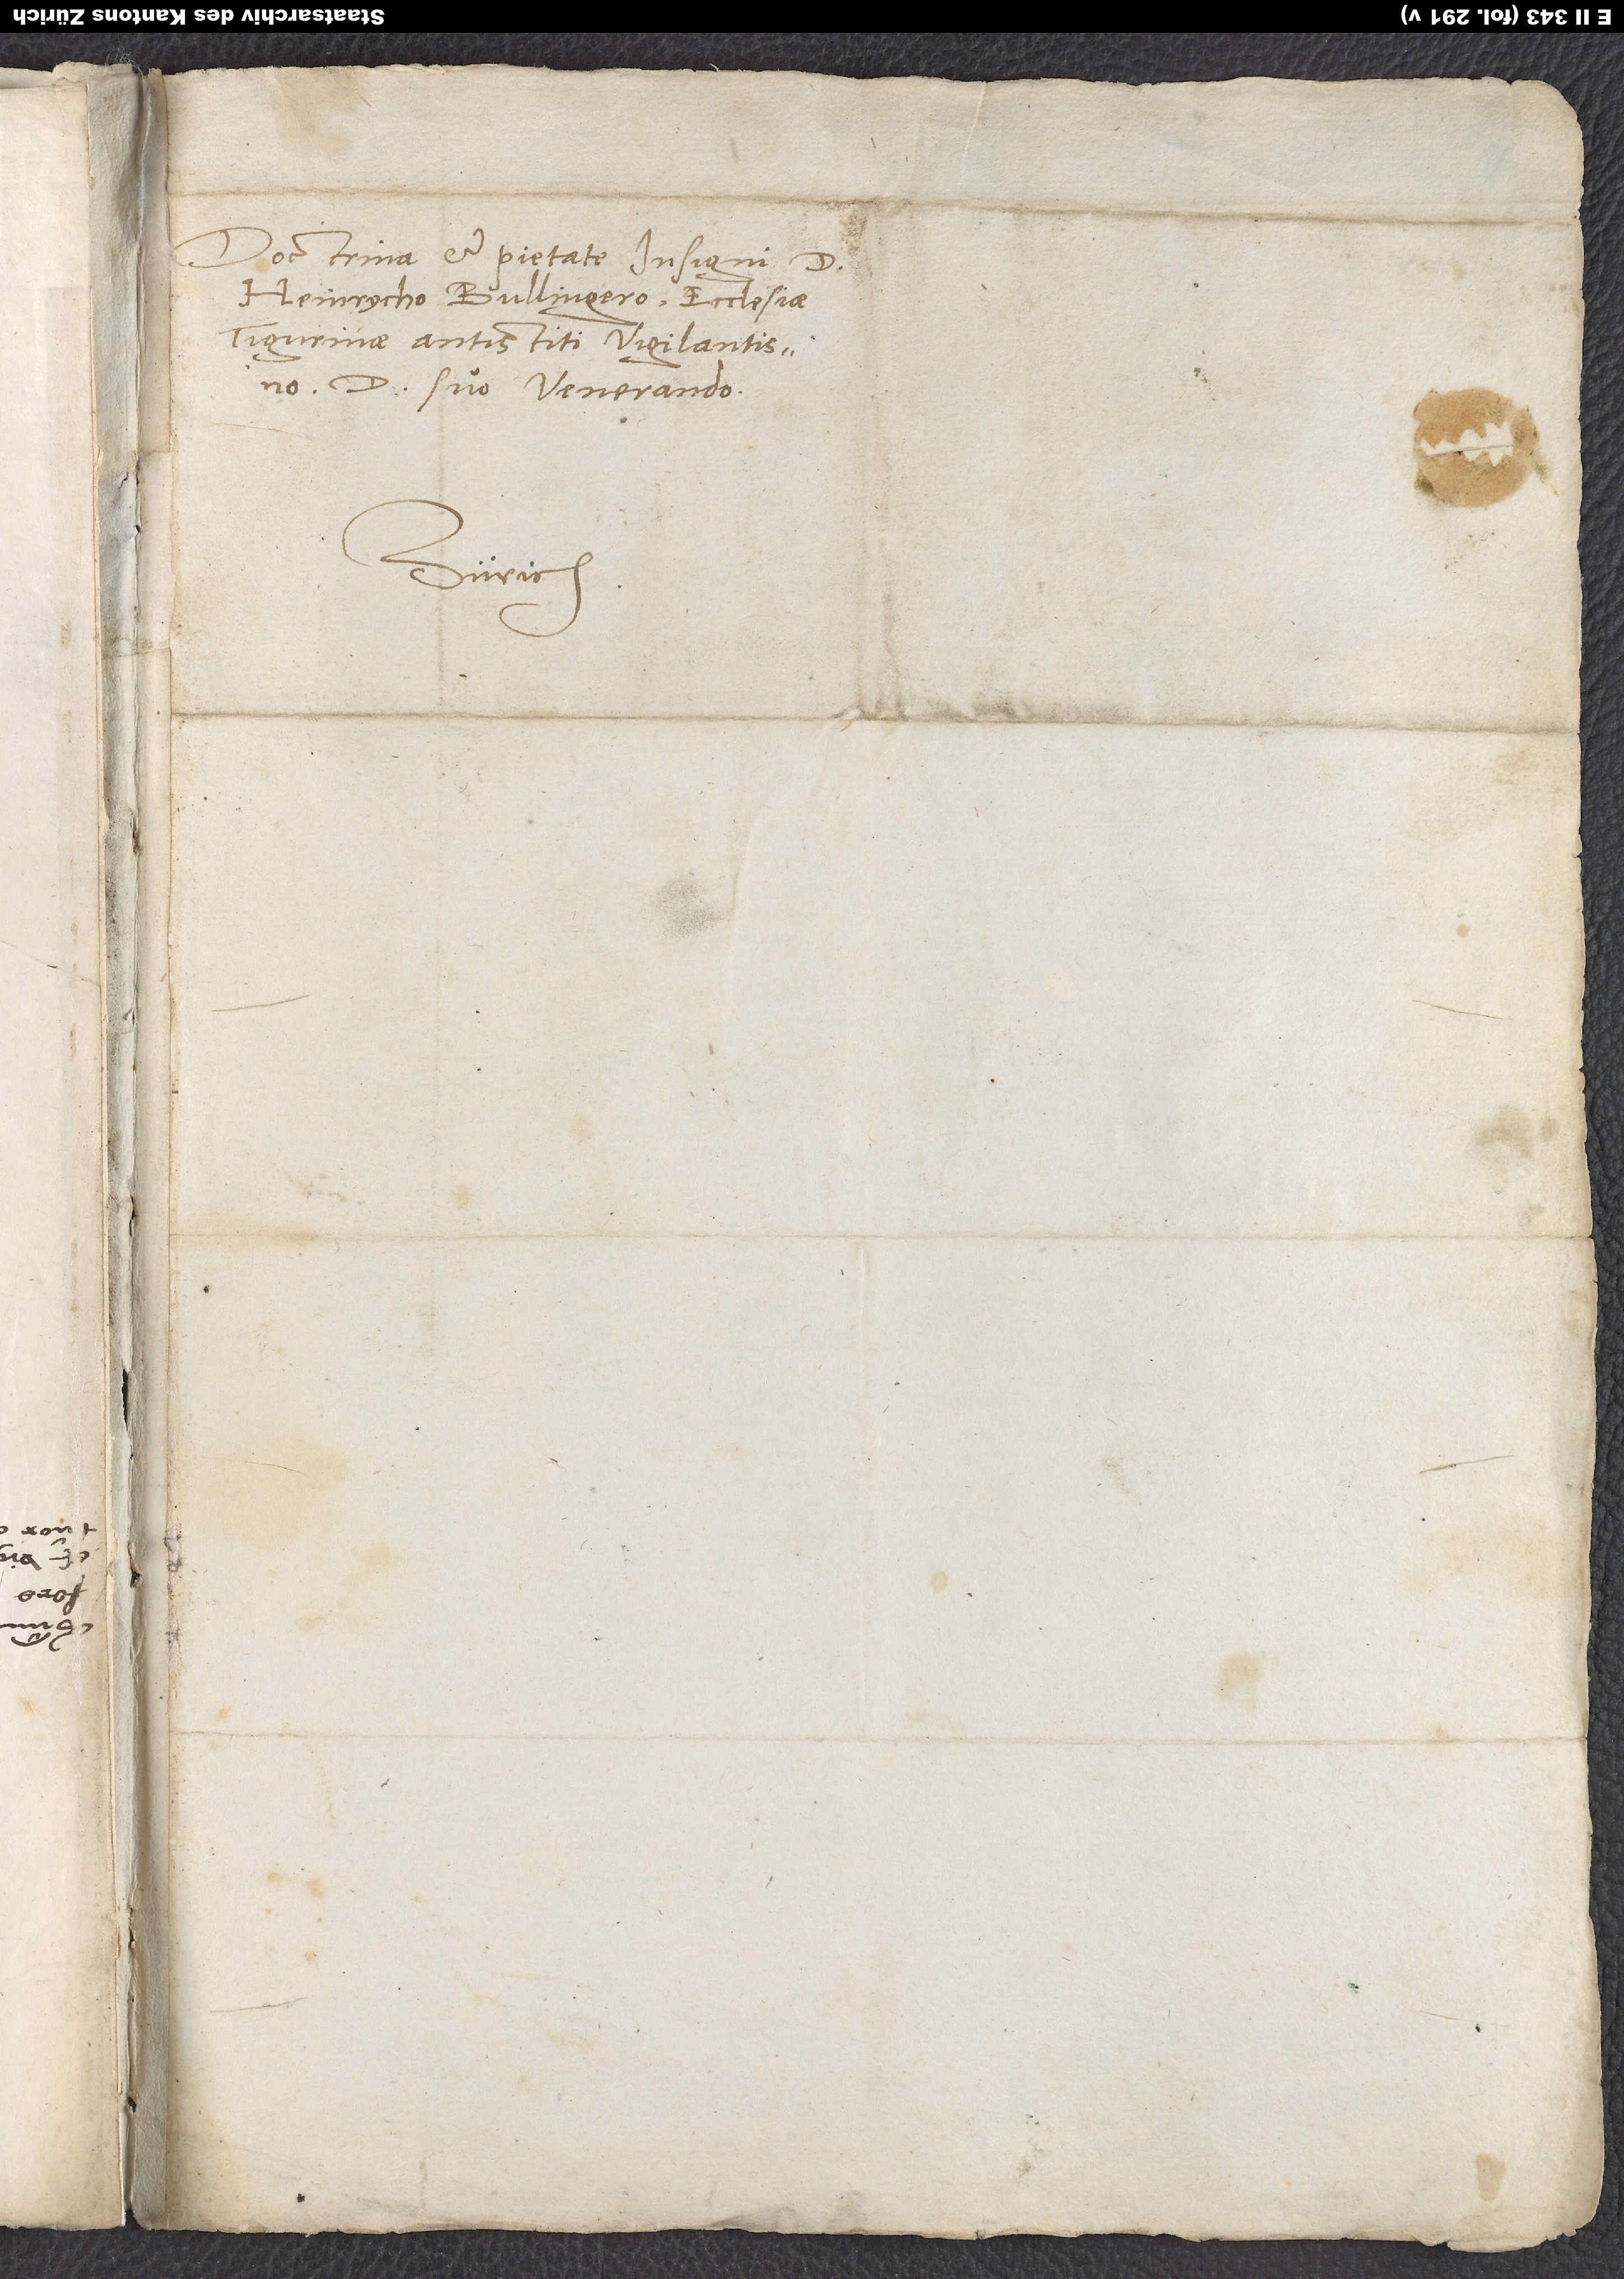
Doctrina et pietate insigni d.
Heinrycho Bullingero, ecclesiae
Tigurinae antistiti vigilantissimo,
domino suo venerando.
Zürich.